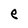
Character: e